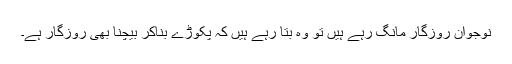
نوجوان روزگار مانگ رہے ہیں تو وہ بتا رہے ہیں کہ پکوڑے بناکر بیچنا بھی روزگار ہے۔